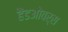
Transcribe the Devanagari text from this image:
हैंडओवर्स